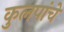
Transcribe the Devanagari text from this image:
कुलपांचे